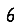
Digit: 6